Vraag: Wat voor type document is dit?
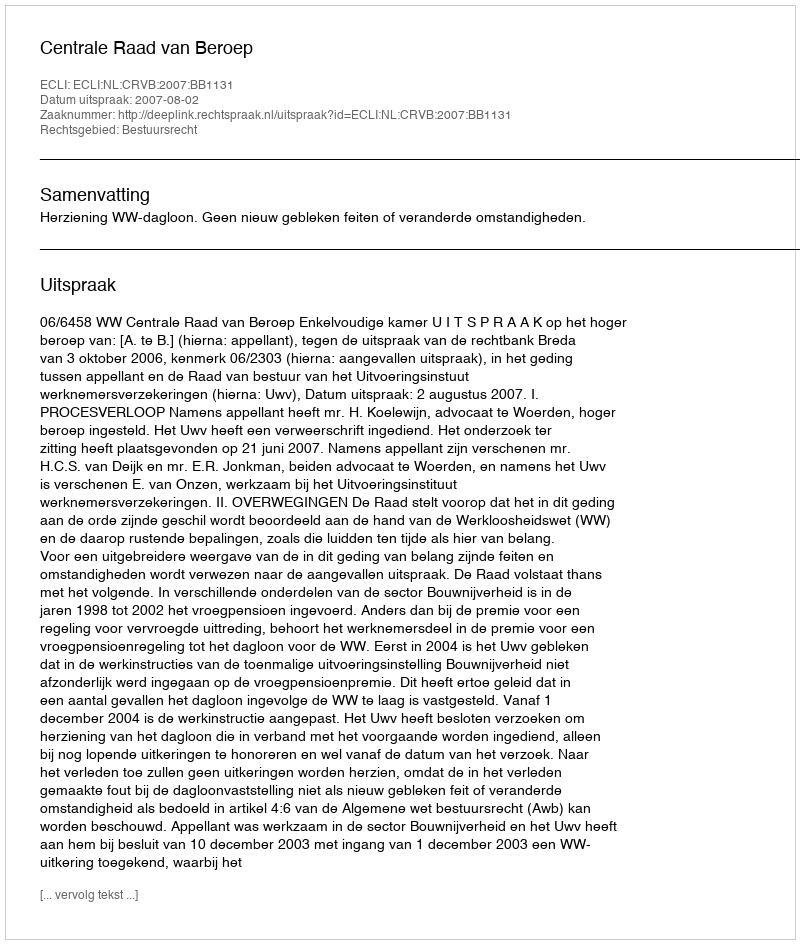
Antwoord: Uitspraak